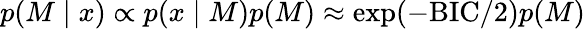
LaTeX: p(M\mid x)\propto p(x\mid M)p(M)\approx\exp(-\mathrm{BIC}/2)p(M)